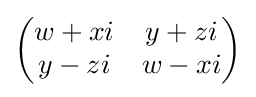
{\begin{pmatrix}w+xi&y+zi\\y-zi&w-xi\end{pmatrix}}